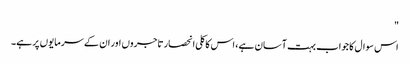
"
اس سوال کا جواب بہت آسان ہے، اس کا کلی انحصار تاجروں اور ان کے سرمایوں پر ہے۔